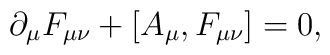
\partial_\mu F_{\mu \nu} +  [ A_\mu, F_{ \mu \nu } ] =  0,